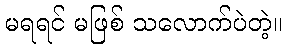
မရရင် မဖြစ် သလောက်ပဲတဲ့။